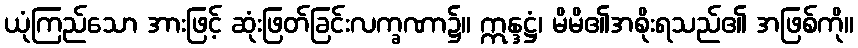
ယုံကြည်သော အားဖြင့် ဆုံးဖြတ်ခြင်းလက္ခဏာ၌။ ဣန္ဒဋ္ဌံ၊ မိမိ၏အစိုးရသည်၏ အဖြစ်ကို။